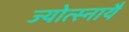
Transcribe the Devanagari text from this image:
ज्योत्स्नायै